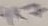
Text: 4K7